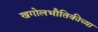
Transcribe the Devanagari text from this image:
खगोलभौतिकीच्या